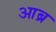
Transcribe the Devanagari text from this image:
आब्र